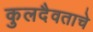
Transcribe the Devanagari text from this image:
कुलदैवताचे